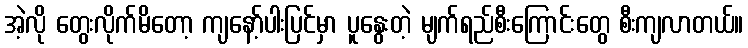
အဲ့လို တွေးလိုက်မိတော့ ကျနော့်ပါးပြင်မှာ ပူနွေးတဲ့ မျက်ရည်စီးကြောင်းတွေ စီးကျလာတယ်။